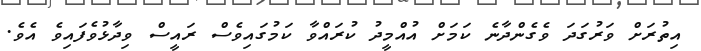
އިތުރަށް ވަރުގަދަ ވެގެންދާނެ ކަމަށް އުއްމީދު ކުރައްވާ ކަމުގައިވެސް ރައީސް ވިދާޅުވެފައިވެ އެވެ.